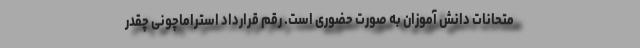
متحانات دانش آموزان به صورت حضوری است. رقم قرارداد استراماچونی چقدر